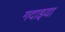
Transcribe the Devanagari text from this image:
गदाइया